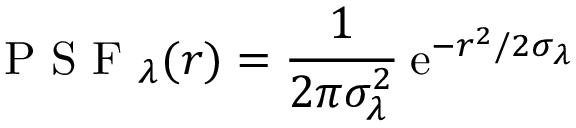
\mathrm { ~ P ~ S ~ F ~ } _ { \lambda } ( r ) = \frac { 1 } { 2 \pi \sigma _ { \lambda } ^ { 2 } } \: \mathrm { e } ^ { - r ^ { 2 } / 2 \sigma _ { \lambda } }